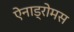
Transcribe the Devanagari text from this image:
ऐनाड्रोमस